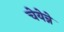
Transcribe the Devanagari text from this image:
चेयेन्ने